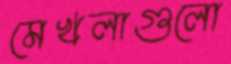
মেখলাগুলো